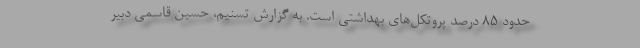
حدود ۸۵ درصد پروتکل‌های بهداشتی است. به گزارش تسنیم، حسین قاسمی دبیر